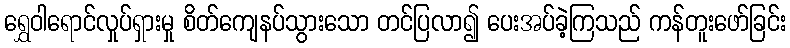
ရွှေဝါရောင်လှုပ်ရှားမှု စိတ်ကျေနပ်သွားသော တင်ပြလာ၍ ပေးအပ်ခဲ့ကြသည် ကန်တူးဖော်ခြင်း